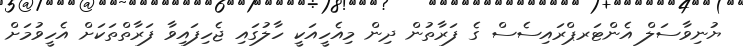
ޔުނިވާސަލް އެންޓަރޕްރައިސެސް ގެ ފަރާތުން ދިން މިއެހީއަކީ ހާލުގައި ޖެހިފައިވާ ފަރާތްތަކަށް އެހީވުމަށް